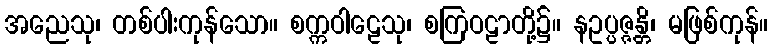
အညေသု၊ တစ်ပါးကုန်သော။ စက္ကဝါဠေသု၊ စကြဝဠာတို့၌။ နဥပ္ပဇ္ဇန္တိ၊ မဖြစ်ကုန်။